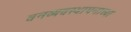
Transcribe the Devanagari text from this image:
वनव्यवस्थापनाच्या